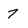
Character: 7